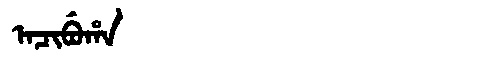
Manchu: ᠠᠴᡳᠪᡠᡥᠠ
Romanization: ACIBUHA